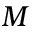
M